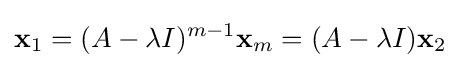
\mathbf {x} _{1}=(A-\lambda I)^{m-1}\mathbf {x} _{m}=(A-\lambda I)\mathbf {x} _{2}